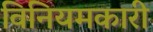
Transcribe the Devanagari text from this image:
विनियमकारी